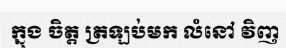
ក្នុង ចិត្ត ត្រឡប់មក លំនៅ វិញ